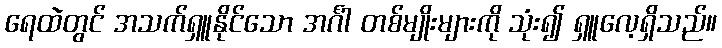
ရေထဲတွင် အသက်ရှူနိုင်သော အင်္ဂါ တစ်မျိုးများကို သုံး၍ ရှူလေ့ရှိသည်။